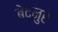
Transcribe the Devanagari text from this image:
बेदनुर